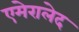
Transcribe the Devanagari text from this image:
एमेरालेद